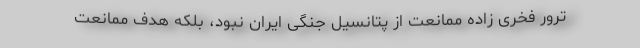
ترور فخری زاده ممانعت از پتانسیل جنگی ایران نبود، بلکه هدف ممانعت